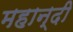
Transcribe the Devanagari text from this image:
महान्दी